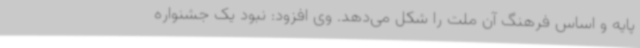
پایه و اساس فرهنگ آن ملت را شکل می‌دهد. وی افزود: نبود یک جشنواره